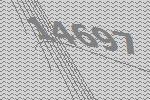
14697